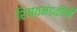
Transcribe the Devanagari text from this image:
शिष्यमंडळींनी